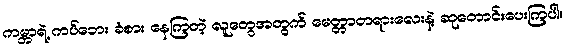
ကမ္ဘာရဲ့ ကပ်ဘေး ခံစား နေကြတဲ့ လူတွေအတွက် မေတ္တာတရားလေးနဲ့ ဆုတောင်းပေးကြပါ။